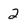
Character: 2